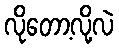
လိုတော့လို့လဲ